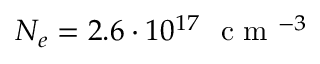
N _ { e } = 2 . 6 \cdot 1 0 ^ { 1 7 } ~ \textrm { c m } ^ { - 3 }